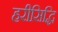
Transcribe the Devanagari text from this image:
हरीसिद्धि